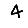
Digit: 4